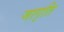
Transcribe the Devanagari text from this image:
जागृति